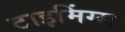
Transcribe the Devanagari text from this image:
टाइमिंग्स